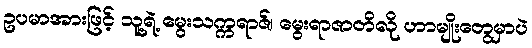
ဥပမာအားဖြင့် သူ့ရဲ့ မွေးသက္ကရာဇ်၊ မွေးရာဇာတိလို ဟာမျိုးတွေမှာပဲ